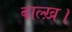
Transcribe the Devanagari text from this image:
बाल्ख़।